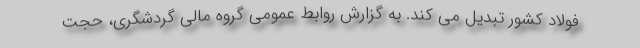
فولاد کشور تبدیل می کند. به گزارش روابط عمومی گروه مالی گردشگری، حجت